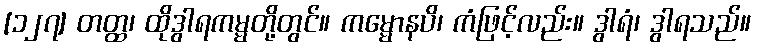
[၁၂၇] တတ္ထ၊ ထိုဒွါရကမ္မတို့တွင်။ ကမ္မောနပိ၊ ကံဖြင့်လည်း။ ဒွါရံ၊ ဒွါရသည်။